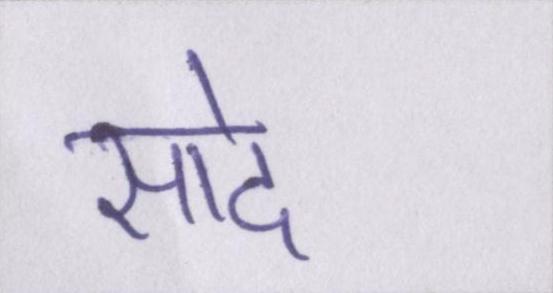
सादे